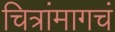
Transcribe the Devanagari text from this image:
चित्रांमागचं